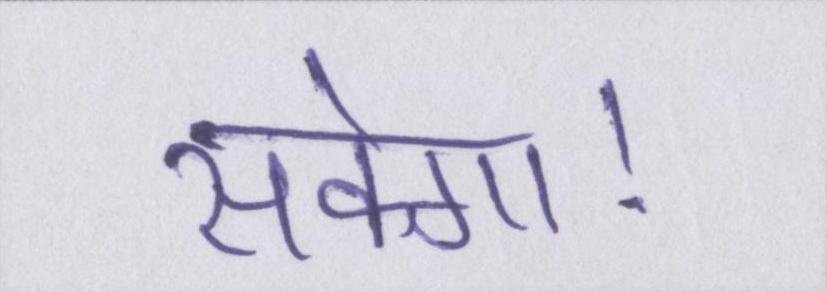
सकेगा।